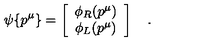
\psi \{ p ^ { \mu } \} = \left[ \begin{array} { c } { \phi _ { R } ( p ^ { \mu } ) } \\ { \phi _ { L } ( p ^ { \mu } ) } \\ \end{array} \right] \quad .